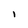
Character: i